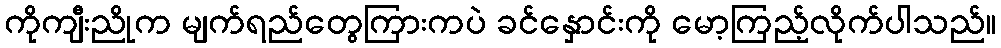
ကိုကျီးညိုက မျက်ရည်တွေကြားကပဲ ခင်နှောင်းကို မော့ကြည့်လိုက်ပါသည်။